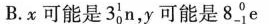
B.x可能是3_{0}^{1}n ，y可能是8_{-1}^{0}e